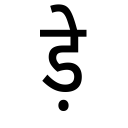
OCR:
ड़े